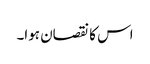
اس کا نقصان ہوا۔